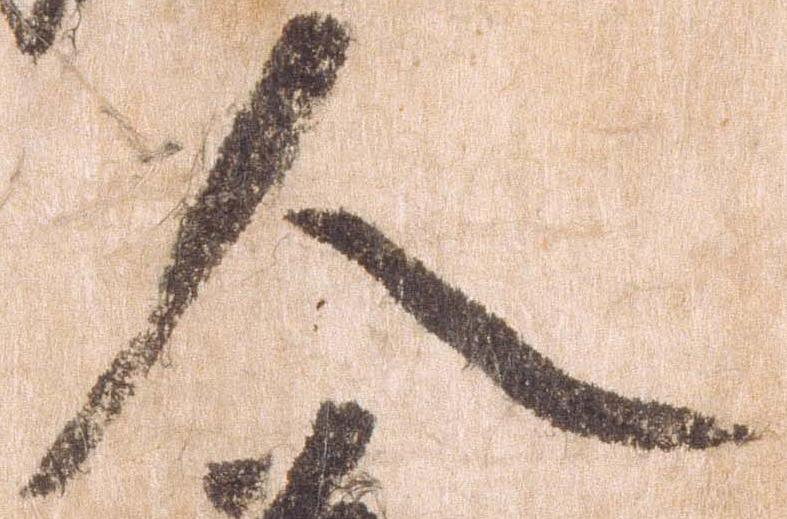
人